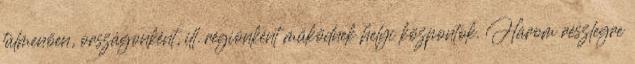
túlmenően, országonként, ill. régiónként működnek helyi központok. Három részlegre